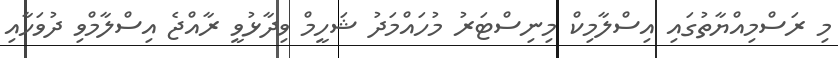
މި ރަސްމިއްޔާތުގައި އިސްލާމިކް މިނިސްޓަރު މުހައްމަދު ޝަހީމް ވިދާޅުވީ ރާއްޖެ އިސްލާމްވި ދުވަހާއި